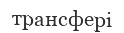
трансфері